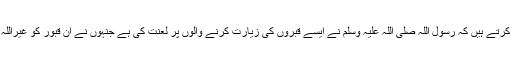
تو ایک روایت میں آتا ہے حضرت ابن عباس ؓ بیان کرتے ہیں کہ رسول اللہ صلی اللہ علیہ وسلم نے ایسے قبروں کی زیارت کرنے والوں پر لعنت کی ہے جنہوں نے ان قبور کو غیراللہ کی عبادت اور دئیے جلانے کی جگہ بنایا ہوا ہے۔